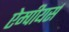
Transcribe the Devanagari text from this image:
ऐम्पीयर्स